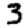
Digit: 3